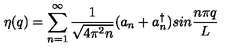
\eta ( q ) = \sum _ { n = 1 } ^ { \infty } { \frac { 1 } { \sqrt { 4 \pi ^ { 2 } n } } } ( a _ { n } + a _ { n } ^ { \dagger } ) s i n { \frac { n \pi q } { L } }